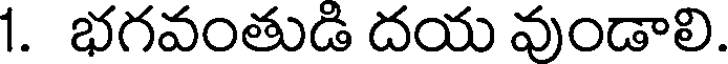
1. భగవంతుడి దయ వుండాలి.